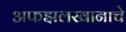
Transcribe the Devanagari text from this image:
अफझलखानाचे